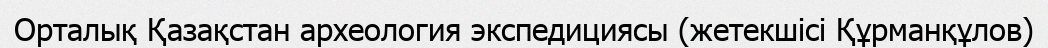
Орталық Қазақстан археология экспедициясы (жетекшісі Құрманқұлов)